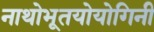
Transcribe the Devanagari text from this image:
नाथोभूतयोयोगिनी